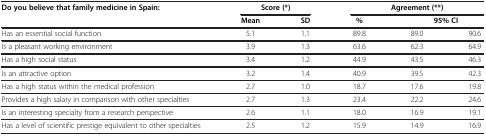
| <ROWSPAN=2> Do you believe that family medicine in Spain: | <COLSPAN=2> Score (*) | <COLSPAN=3> Agreement (**) |
 | Mean | SD | % | <COLSPAN=2> 95% CI |
 | --- | --- | --- | --- | --- | --- |
 | Has an essential social function | 5.1 | 1.1 | 89.8 | 89.0 | 90.6 |
 | Is a pleasant working environment | 3.9 | 1.3 | 63.6 | 62.3 | 64.9 |
 | Has a high social status | 3.4 | 1.2 | 44.9 | 43.5 | 46.3 |
 | Is an attractive option | 3.2 | 1.4 | 40.9 | 39.5 | 42.3 |
 | Has a high status within the medical profession | 2.7 | 1.0 | 18.7 | 17.6 | 19.8 |
 | Provides a high salary in comparison with other specialties | 2.7 | 1.3 | 23.4 | 22.2 | 24.6 |
 | Is an interesting specialty from a research perspective | 2.6 | 1.1 | 18.0 | 16.9 | 19.1 |
 | Has a level of scientific prestige equivalent to other specialties | 2.5 | 1.2 | 15.9 | 14.9 | 16.9 |